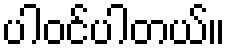
ပါဝင်ပါတယ်။